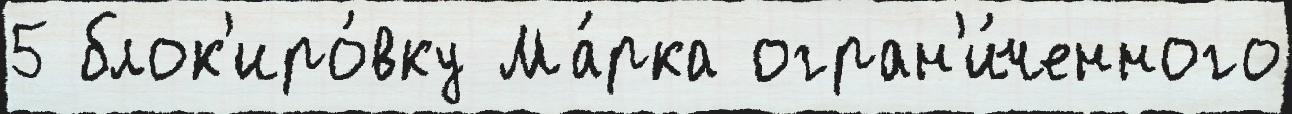
5 блок'иро́вку Ма́рка огран'и́ченного